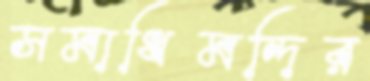
সমাধিমন্দির